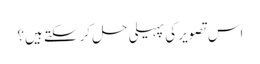
اس تصویر کی پہیلی حل کرسکتے ہیں؟